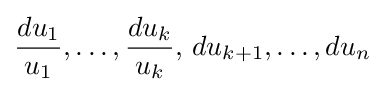
{du_{1} \over u_{1}},\dots ,{du_{k} \over u_{k}},\,du_{k+1},\dots ,du_{n}